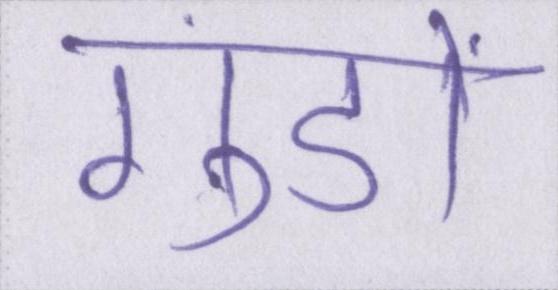
गुंडों